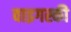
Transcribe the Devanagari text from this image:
वाइगस्की